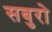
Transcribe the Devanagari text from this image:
सबुरो